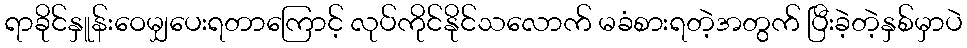
ရာခိုင်နှူန်းဝေမျှပေးရတာကြောင့် လုပ်ကိုင်နိုင်သလောက် မခံစားရတဲ့အတွက် ပြီးခဲ့တဲ့နှစ်မှာပဲ